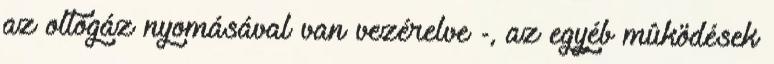
az oltógáz nyomásával van vezérelve -, az egyéb mûködések